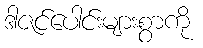
ဒါဇင်ပေါင်းများစွာကို